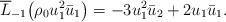
LaTeX: \begin{align*}\overline{L}_{-1}\big(\rho_0 u_1^2\bar{u}_1\big)=-3u_1^2\bar{u}_2+2u_1\bar{u}_1.\end{align*}